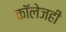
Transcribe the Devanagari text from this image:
काॅलेजही